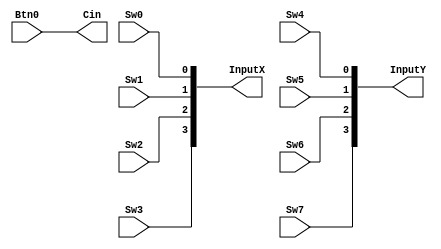
`timescale 1ns / 1ps
//////////////////////////////////////////////////////////////////////////////////
// Company: 
// Engineer: 
// 
// Create Date:    
// Design Name: 
// Module Name:    InputRead 
// Project Name: 
// Target Devices: 
// Tool versions: 
// Description: 
//
// Dependencies: 
//
// Revision: 
// Revision 0.01 - File Created
// Additional Comments: 
//
//////////////////////////////////////////////////////////////////////////////////
module InputRead(Sw0, Sw1, Sw2, Sw3,Sw4,Sw5,Sw6,Sw7, Btn0, InputX, InputY, Cin);
    input Sw0;
    input Sw1;
    input Sw2;
    input Sw3;
    input Sw4;
    input Sw5;
    input Sw6;
    input Sw7;
 	input Btn0;
    output [3:0] InputX;
    output [3:0] InputY;
	output       Cin;

    assign InputX[0] = Sw0;
    assign InputX[1] = Sw1;
    assign InputX[2] = Sw2;
    assign InputX[3] = Sw3;


    assign InputY[0] = Sw4;
    assign InputY[1] = Sw5;
    assign InputY[2] = Sw6;
    assign InputY[3] = Sw7;

		 
//not(Cin,Btn0);

assign Cin=Btn0;


endmodule